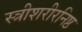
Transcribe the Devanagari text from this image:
स्त्रीशरीरनिष्ठ